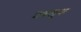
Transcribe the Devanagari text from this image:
शशलूक